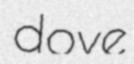
dove